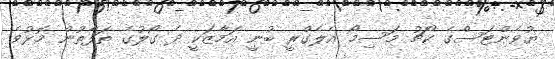
ޔުވެންޓަސްގެ ކޯޗު މަސިމޯ އެލެގްރީ ބުނީ އަމާޒަކީ ދެ ގޯލުގެ ތަފާތުން މޮޅުވެ